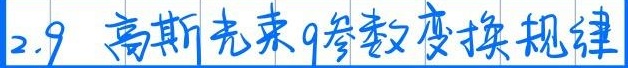
2.9 高斯光束\(q\)参数变换规律